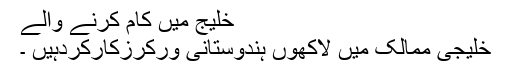
خلیج میں کام کرنے والے
خلیجی ممالک میں لاکھوں ہندوستانی ورکرزکارکردہیں ۔